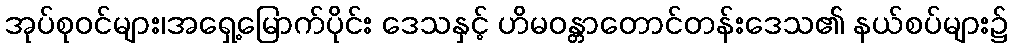
အုပ်စုဝင်များ၊အရှေ့မြောက်ပိုင်း ဒေသနှင့် ဟိမဝန္တာတောင်တန်းဒေသ၏ နယ်စပ်များ၌